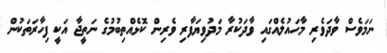
ނަމަވެސް ވާދަވެރި މާހައުލެއްގައި ވާދަކުރާ މަދުވިޔަފާރި ވެރިން ކޮޅެއްތިބުމުގެ ނަތީޖާ އަކީ ފިހާރަތަކުން